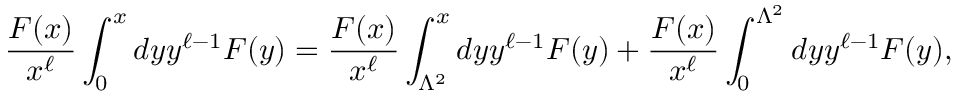
{ \frac { F ( x ) } { x ^ { \ell } } } \int _ { 0 } ^ { x } d y y ^ { \ell - 1 } F ( y ) = { \frac { F ( x ) } { x ^ { \ell } } } \int _ { \Lambda ^ { 2 } } ^ { x } d y y ^ { \ell - 1 } F ( y ) + { \frac { F ( x ) } { x ^ { \ell } } } \int _ { 0 } ^ { \Lambda ^ { 2 } } d y y ^ { \ell - 1 } F ( y ) ,